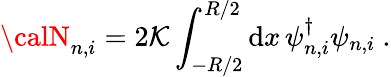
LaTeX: {\calN}_{n,i}=2\mathcal{K}\int_{-R/2}^{R/2}\mathrm{{d}}x\, \psi_{n,i}^{\dagger}\psi_{n,i}\ .